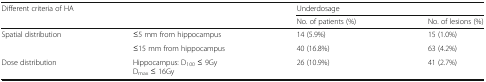
<table><thead><tr><td rowspan="2" colspan="2"><b>Different criteria of HA</b></td><td colspan="2"><b>Underdosage</b></td></tr><tr><td><b>No. of patients (%)</b></td><td><b>No. of lesions (%)</b></td></tr></thead><tbody><tr><td rowspan="2">Spatial distribution</td><td>≤5 mm from hippocampus</td><td>14 (5.9%)</td><td>15 (1.0%)</td></tr><tr><td>≤15 mm from hippocampus</td><td>40 (16.8%)</td><td>63 (4.2%)</td></tr><tr><td>Dose distribution</td><td>Hippocampus: D<sub>100</sub> ≤ 9GyD<sub>max</sub> ≤ 16Gy</td><td>26 (10.9%)</td><td>41 (2.7%)</td></tr></tbody></table>